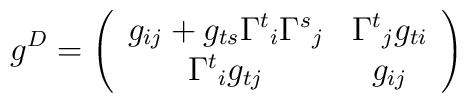
g^D = \left(\begin{array}{cc} g_{ij} + g_{ts} {\Gamma^t}_i  {\Gamma^s}_j  & {\Gamma^t}_j g_{ti} \\ {\Gamma^t}_i g_{tj} & g_{ij}  \end{array}\right)